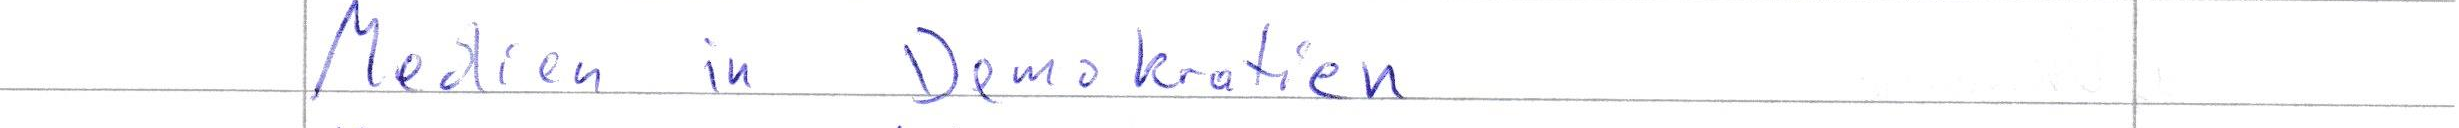
Medien in Demokratien